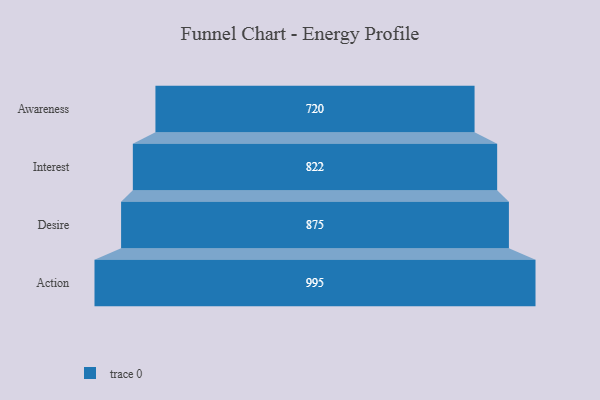
{"axis": {"x": "Stage", "y": "Value"}, "legend": [""], "data": [{"x": "Awareness", "y": 720.0, "type": ""}, {"x": "Interest", "y": 822.0, "type": ""}, {"x": "Desire", "y": 875.0, "type": ""}, {"x": "Action", "y": 995.0, "type": ""}]}